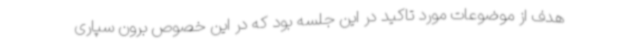
هدف از موضوعات مورد تاکید در این جلسه بود که در این خصوص برون سپاری